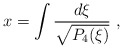
\begin{align*}x = \int {d\xi \over \sqrt{P_4 (\xi)}} \ ,\end{align*}